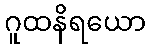
ဂူထနိရယော